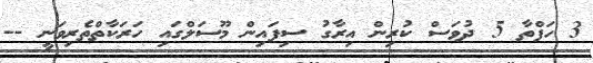
3 ހަފްތާ 5 ދުވަސް ކުރިން އިރާގު ސިފައިން މޫސަލްގައި ހަރަކާތްތެރިވަނީ --